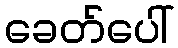
ခေတ်ပေါ်